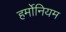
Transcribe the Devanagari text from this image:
हर्मोनियम